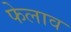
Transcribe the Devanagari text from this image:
फेलाव